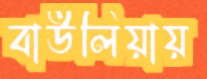
বাউলিয়ায়